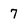
Character: 7